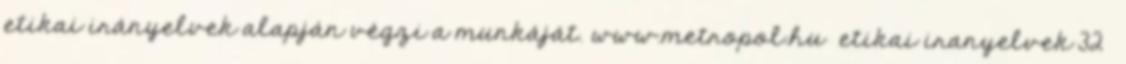
etikai irányelvek alapján végzi a munkáját. www.metropol.hu etikai iranyelvek 32°